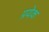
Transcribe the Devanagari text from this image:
प्रयेक